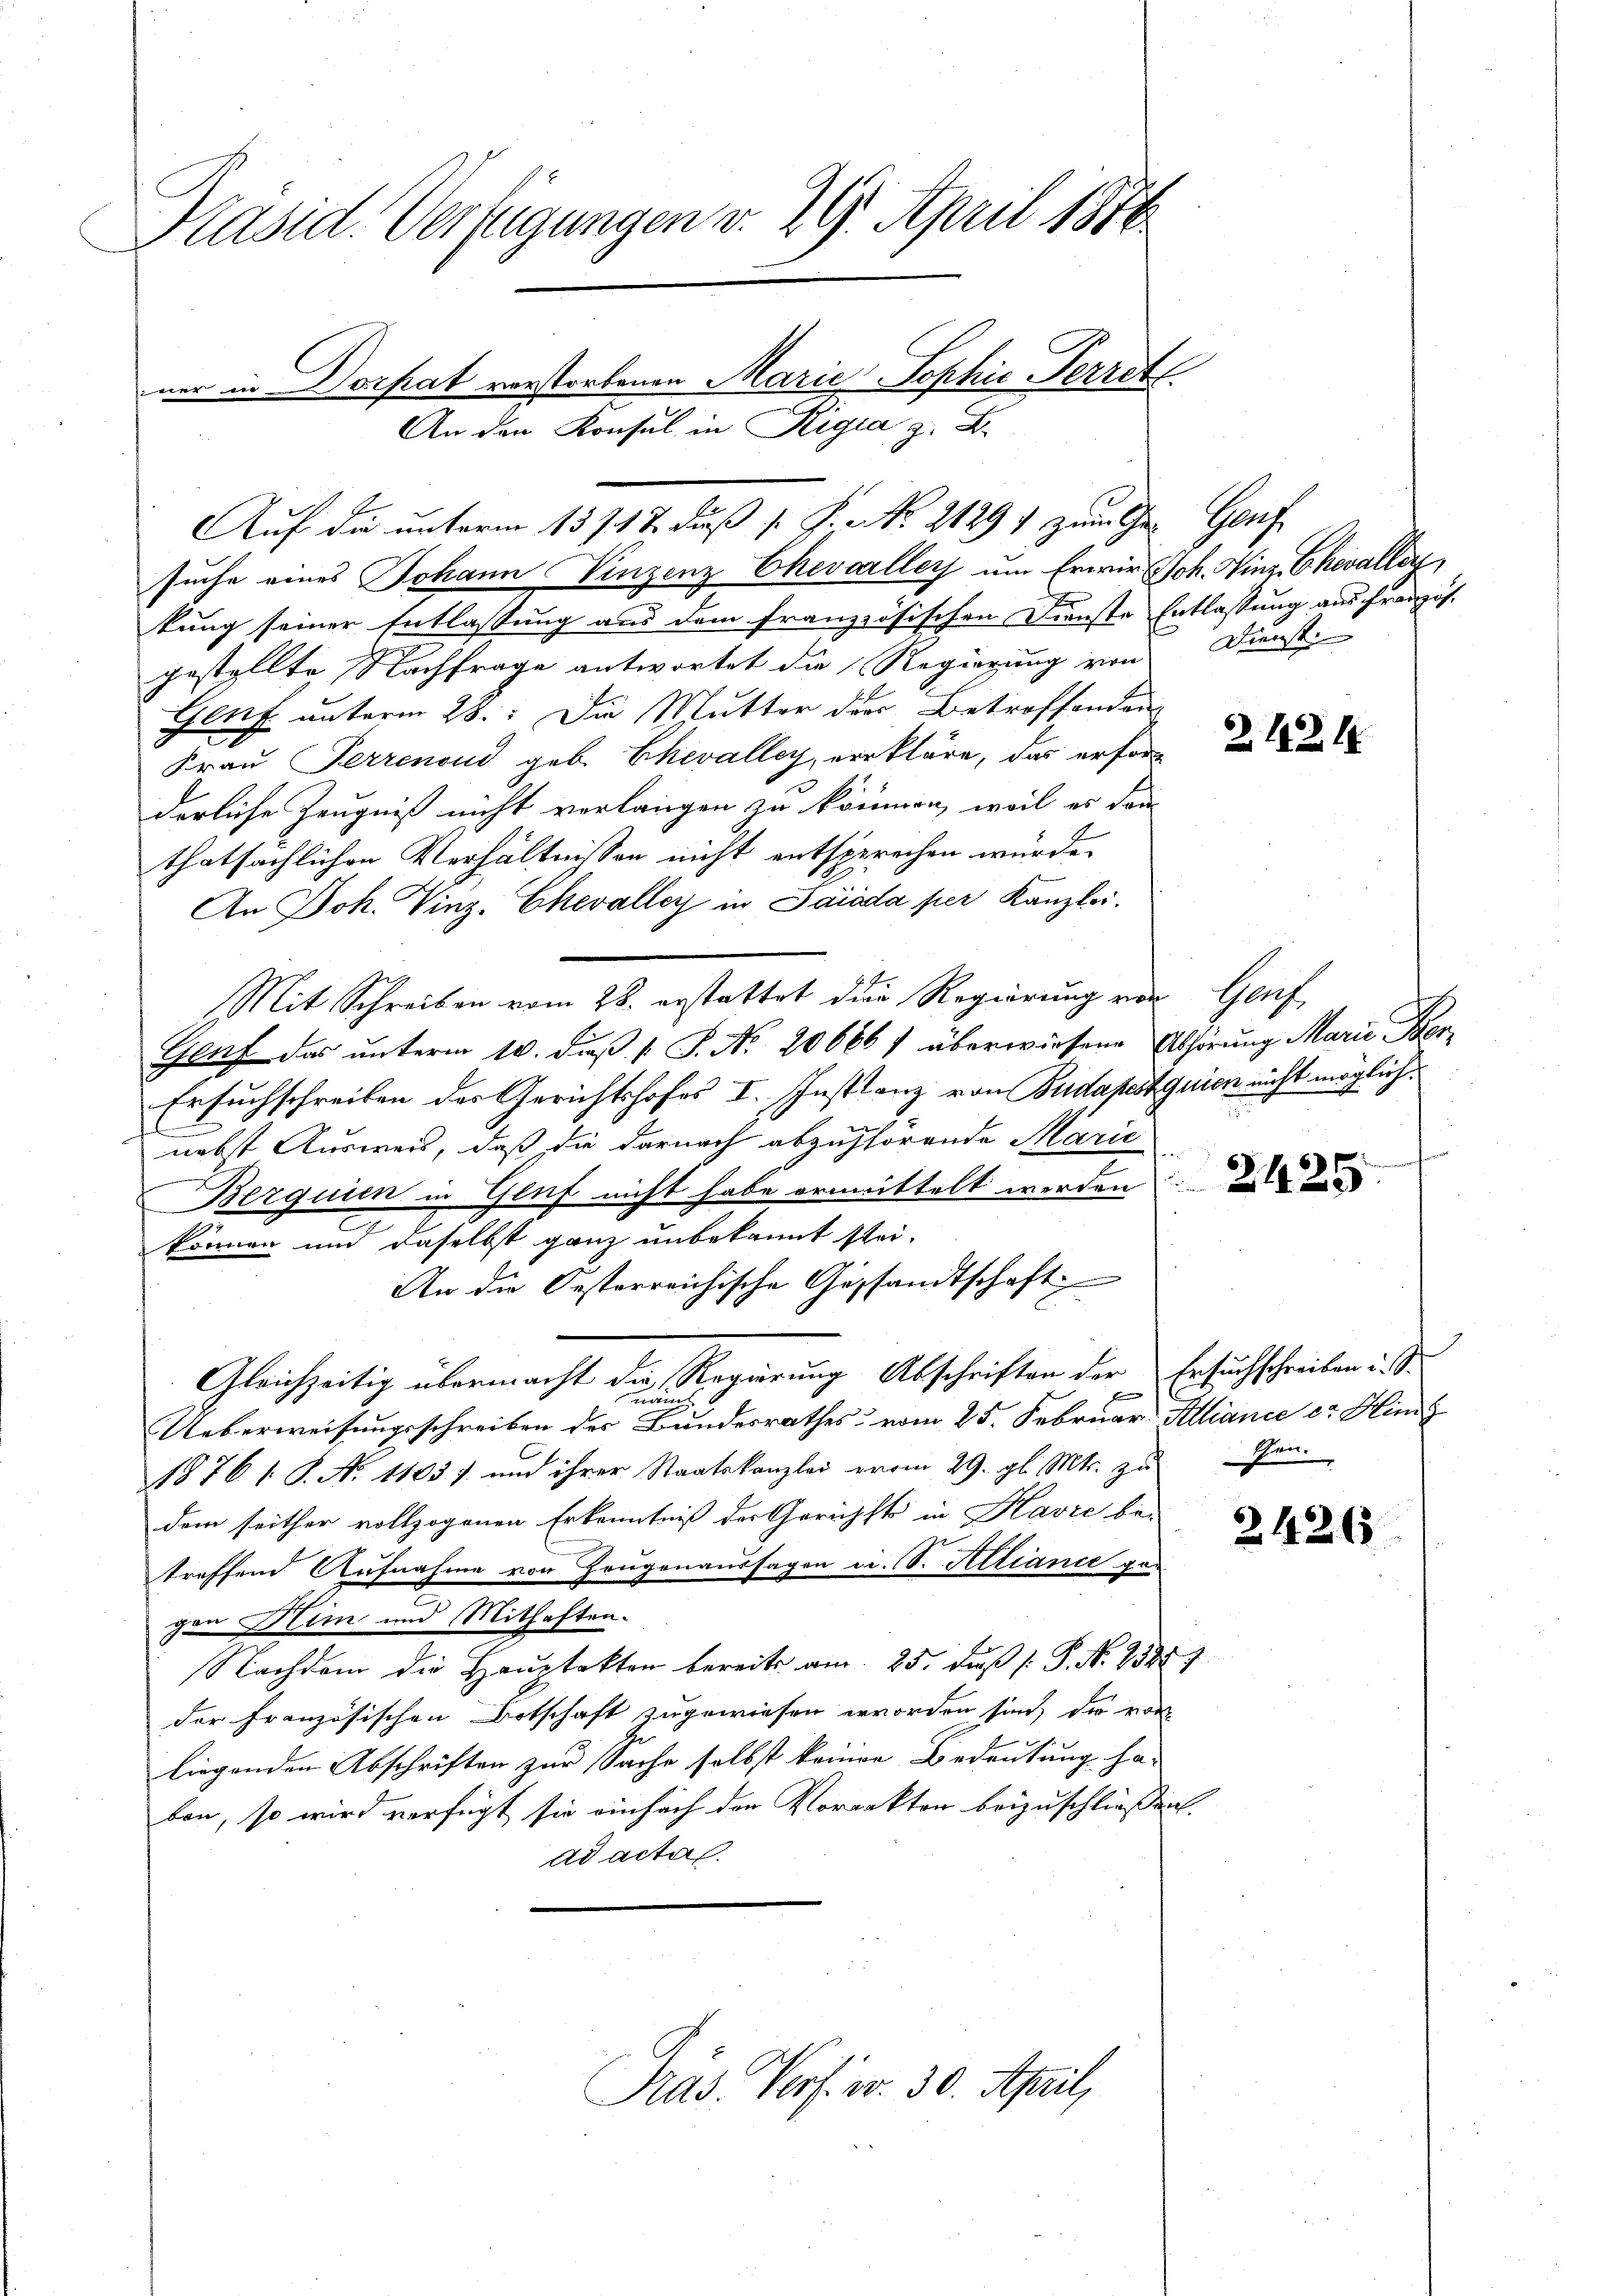
Kasid. Verfügungen v. 29. April 1876
ner in Dorfrat verstorbenen Marie Sophie Perret

suche eines Johann Vinzenz Chevaller um Erwir Joh. Winz-Chevaller,
kung seiner Entlassung aus dem französischen Dienste Entlassung aus französ.
gestellte Nachfrage antwortet die Regierung von Dienst
Genf unterm 28.: Die Mutter der Betroffenden
Frau Ferrenoud geb. Chevalley, verkläre, das erfor
derliche Zeugniß nicht verlangen zu können, weil es dann
thatsächlichen Verhältnissen nicht entsprechen würde.
An Joh. Vinz-Chevalley in Parada per Kanzlei.
Mit Schreiben vom 28. erstattet die Regierung von Genf
Gauf das unterm 10. Fuß [ P. No. 20666/ überwiesene Abhörung Marie Per¬
Ersuchschreiben des Gerichtshofes I. Instanz von Budapest quick nicht möglich.
A
nebst Ausweis, daß die darnach abzufhörende Marie
Berquien in Genf nicht habe ermittelt werden.
A
können und daselbst ganz unbekannt stei-
An die Oesterreichische Gestandtschaft
Gleichzeitig übermacht die Regierung Abschriften der Ersuchschreiben i. S.
näm
Ueberweisungsschreiben des Bundesrathes vom 25. Februar Alliance er Hing
1876 1 S. N. 1103) und ihrer Staatskanzlei vom 29. gl. Mts. zŭ en
dem seither vollzogenen Erkenntniß der Gerichste in Havre be-
treffend Aufnahme von Zeugenaussagen c. S. Altiance gegen Heim und Mithaften.
Nachdem die Hauptakten bereits am 25. daß P. N. 13257
der Französischen Botschaft zugewiesen erworden sind, die vor
liegenden Abschriften zur Sache selbst keinen Bedeutung ha-
ben, so wird verfügt sie einfach den Vorrekten beizuschließen.
ad acta

An den Konsul in Rigia z. B.
Auf die unterm 13. 712. Fuß [ P. Nr. 2129 zum her Genf

Präs. Verf. v. 30. April,

Z. 1831.

24265